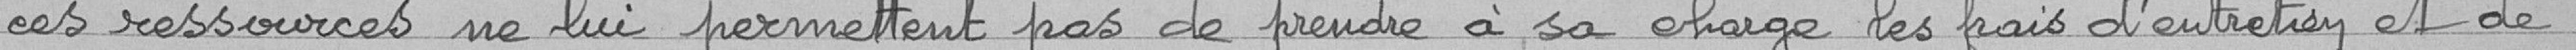
ces ressources ne lui permettent pas de prendre à sa charge les frais d'entretien et de